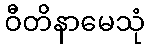
ဝီတိနာမေသုံ